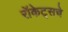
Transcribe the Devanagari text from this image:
रॉकेट्‌सचे